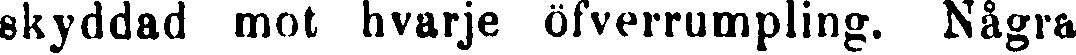
skyddad mot hvarje öfverrumpling. Några